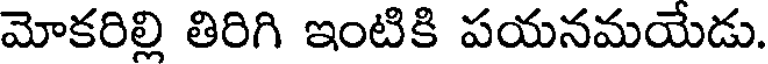
మోకరిల్లి తిరిగి ఇంటికి పయనమయేడు.